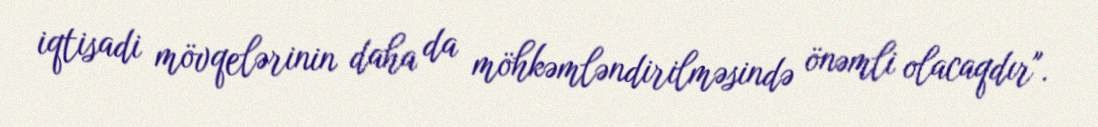
iqtisadi mövqelərinin daha da möhkəmləndirilməsində önəmli olacaqdır".